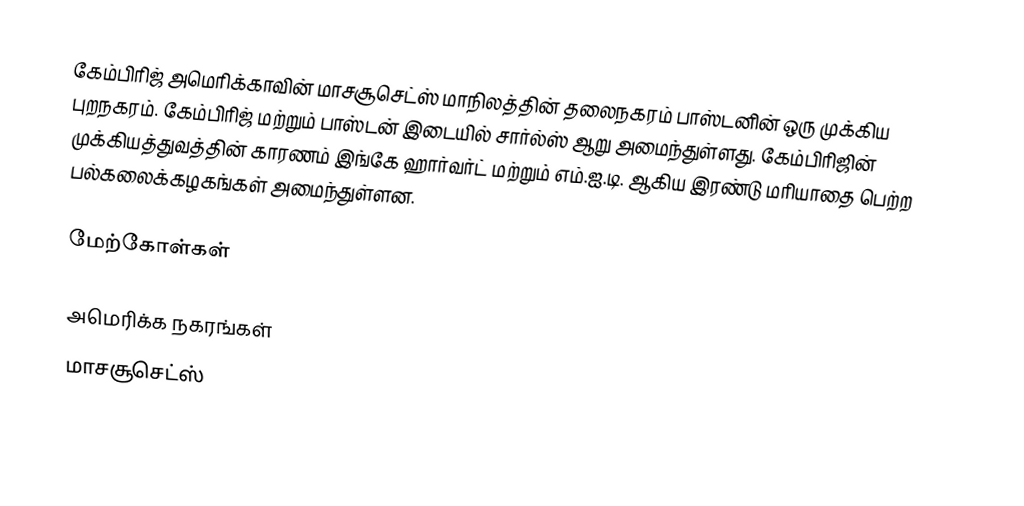
கேம்பிரிஜ் அமெரிக்காவின் மாசசூசெட்ஸ் மாநிலத்தின் தலைநகரம் பாஸ்டனின் ஒரு முக்கிய புறநகரம். கேம்பிரிஜ் மற்றும் பாஸ்டன் இடையில் சார்ல்ஸ் ஆறு அமைந்துள்ளது. கேம்பிரிஜின் முக்கியத்துவத்தின் காரணம் இங்கே ஹார்வர்ட் மற்றும் எம்.ஐ.டி. ஆகிய இரண்டு மரியாதை பெற்ற பல்கலைக்கழகங்கள் அமைந்துள்ளன.

மேற்கோள்கள்

அமெரிக்க நகரங்கள்
மாசசூசெட்ஸ்